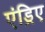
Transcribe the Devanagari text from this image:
एंड्रिए